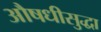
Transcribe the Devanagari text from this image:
औषधीसुद्धा